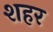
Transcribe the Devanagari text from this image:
शहर